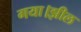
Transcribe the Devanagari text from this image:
गया।झील